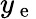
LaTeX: y_{\mathrm{~e~}}